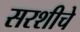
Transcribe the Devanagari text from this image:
सरशीचे